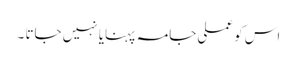
اس کو عملی جامہ پہنایا نہیں جاتا ۔